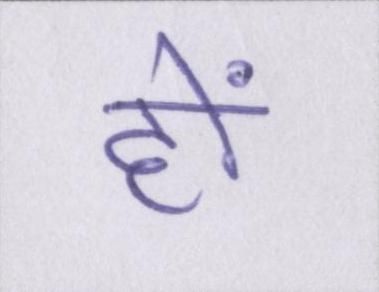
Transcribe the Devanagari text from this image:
हों